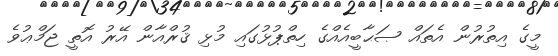
މީގެ އިތުރުން އެތައް ޞަޙާބީއެއްގެ ހިތްޕުޅުގައި މުޅި ޤުރްއާން އޭރު އޮތީ ޖަމްޢުވެ